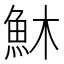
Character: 𩵦